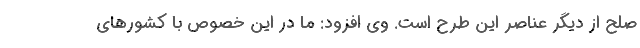
صلح از دیگر عناصر این طرح است. وی افزود: ما در این خصوص با کشورهای